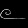
Digit: ၉